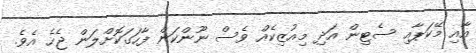
އާއި މޭކަޕާއި ސެޓިން އަދި މިއުޒިކެއް ވެސް ނޫންކަން ފާހަގަކޮށްލަން ޖެހެ އެވެ.